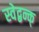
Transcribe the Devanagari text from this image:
स्वेद्बन्क्